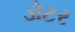
ડૉટર